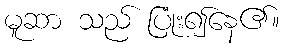
မူဆာ သည် ပြုံး၍နေ၏။